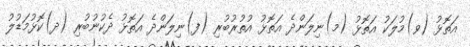
އަތޮޅު (ވ)މުލަކު އަތޮޅު (މ)ނިލަންދެ އަތޮޅު އުތުރުބުރި (ފ)ނިލަންދެ އަތޮޅު ދެކުނުބުރި (ދ)ކޮޅުމަޑުލު